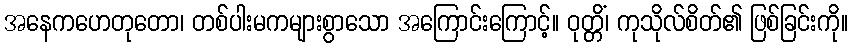
အနေကဟေတုတော၊ တစ်ပါးမကများစွာသော အကြောင်းကြောင့်။ ဝုတ္တိံ၊ ကုသိုလ်စိတ်၏ ဖြစ်ခြင်းကို။